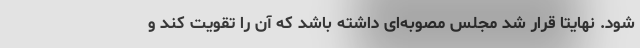
شود. نهایتا قرار شد مجلس مصوبه‌ای داشته باشد که آن را تقویت کند و